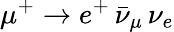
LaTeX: \mu^{+}\rightarrow e^{+}\, \bar{\nu}_{\mu}\, \nu_{e}